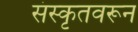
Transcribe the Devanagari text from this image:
संस्कृतवरून